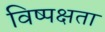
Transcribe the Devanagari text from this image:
विष्पक्षता